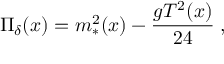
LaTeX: \Pi _ { \delta } ( x ) = m _ { * } ^ { 2 } ( x ) - { \frac { g T ^ { 2 } ( x ) } { 2 4 } } \; ,